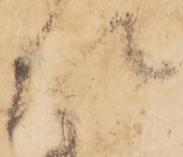
次